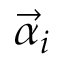
{ \vec { \alpha } } _ { i }